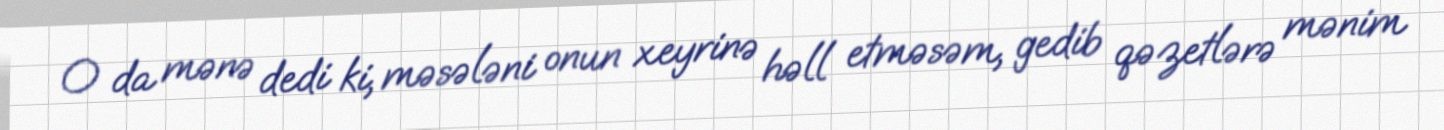
O da mənə dedi ki, məsələni onun xeyrinə həll etməsəm, gedib qəzetlərə mənim